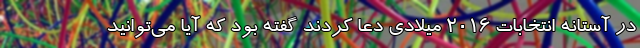
در آستانه انتخابات ۲۰۱۶ میلادی دعا کردند گفته بود که آیا می‌توانید